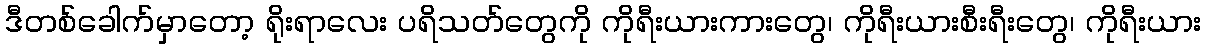
ဒီတစ်ခေါက်မှာတော့ ရိုးရာလေး ပရိသတ်တွေကို ကိုရီးယားကားတွေ၊ ကိုရီးယားစီးရီးတွေ၊ ကိုရီးယား